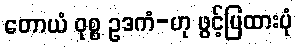
တောယံ ဝုစ္စ ဥဒကံ-ဟု ဖွင့်ပြထားပုံ